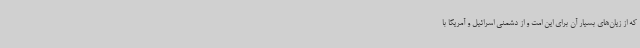
که از زیان‌های بسیار آن برای این امت و از دشمنی اسرائیل و آمریکا با